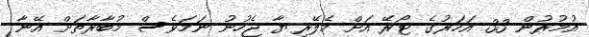
އުމުރުން 33 އަހަރުގެ ޓޯރޭ އަށް މެލޭރިޔާ ޖެހުނު ނަމަވެސް މުބާރާތަށް އޭނާ